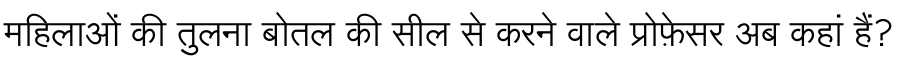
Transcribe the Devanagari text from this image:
महिलाओं की तुलना बोतल की सील से करने वाले प्रोफ़ेसर अब कहां हैं?